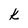
Character: k